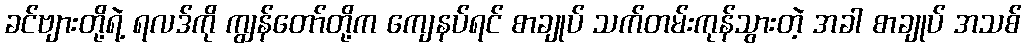
ခင်ဗျားတို့ရဲ့ ရလဒ်ကို ကျွန်တော်တို့က ကျေနပ်ရင် စာချုပ် သက်တမ်းကုန်သွားတဲ့ အခါ စာချုပ် အသစ်